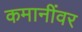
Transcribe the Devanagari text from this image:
कमानींवर